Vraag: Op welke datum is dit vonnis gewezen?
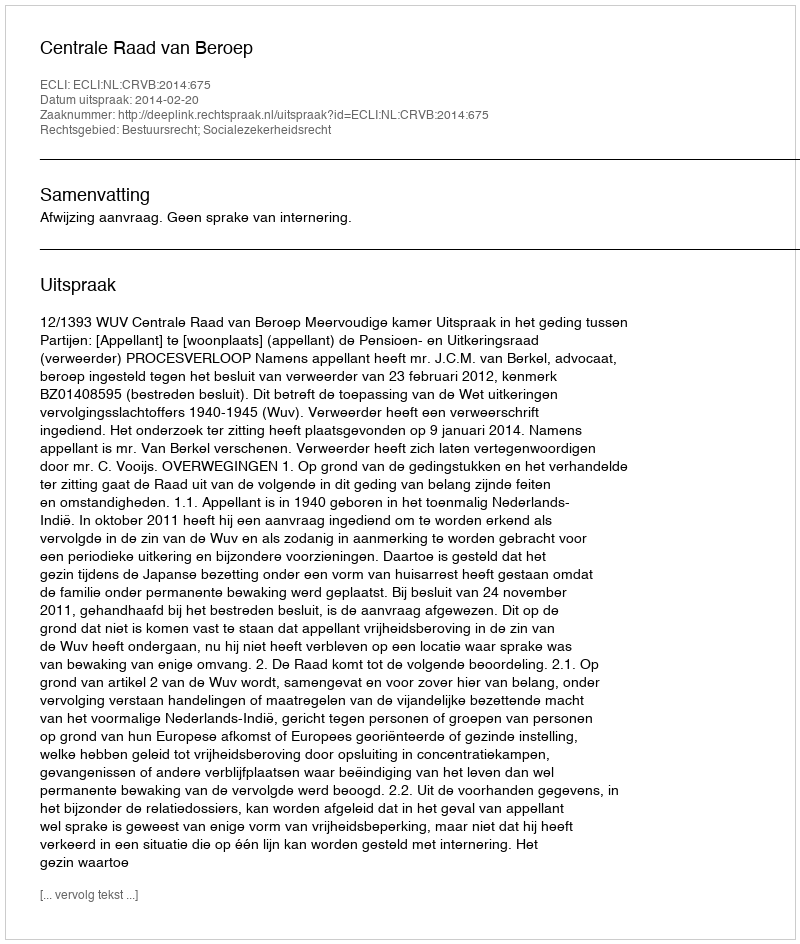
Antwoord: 2014-02-20